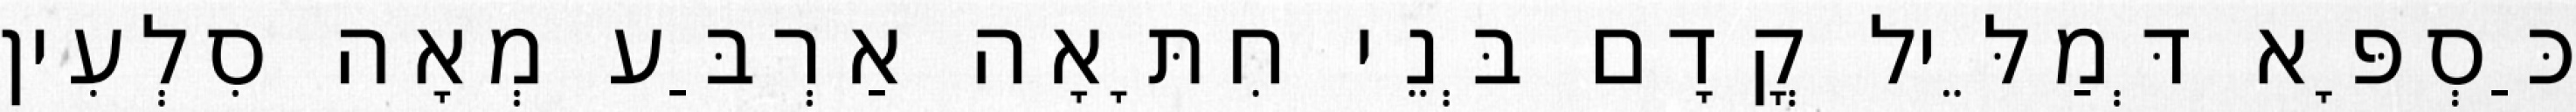
כַּסְפָּא דְּמַלֵּיל קֳדָם בְּנֵי חִתָּאָה אַרְבַּע מְאָה סִלְעִין